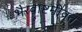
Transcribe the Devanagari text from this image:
भैरवाष्टमीव्रत